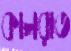
কালরাত